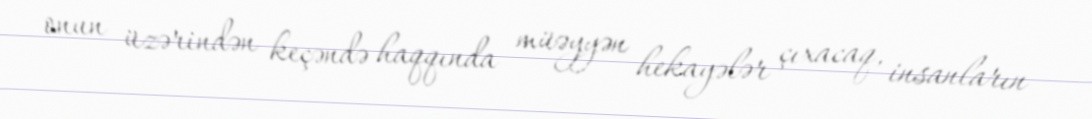
onun üzərindən keçəndə haqqında müəyyən hekayələr çıxacaq, insanların